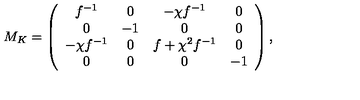
M _ { K } = \left( \begin{array} { c c c c } { f ^ { - 1 } } & { 0 } & { - \chi f ^ { - 1 } } & { 0 } \\ { 0 } & { - 1 } & { 0 } & { 0 } \\ { - \chi f ^ { - 1 } } & { 0 } & { f + \chi ^ { 2 } f ^ { - 1 } } & { 0 } \\ { 0 } & { 0 } & { 0 } & { - 1 } \\ \end{array} \right) ,